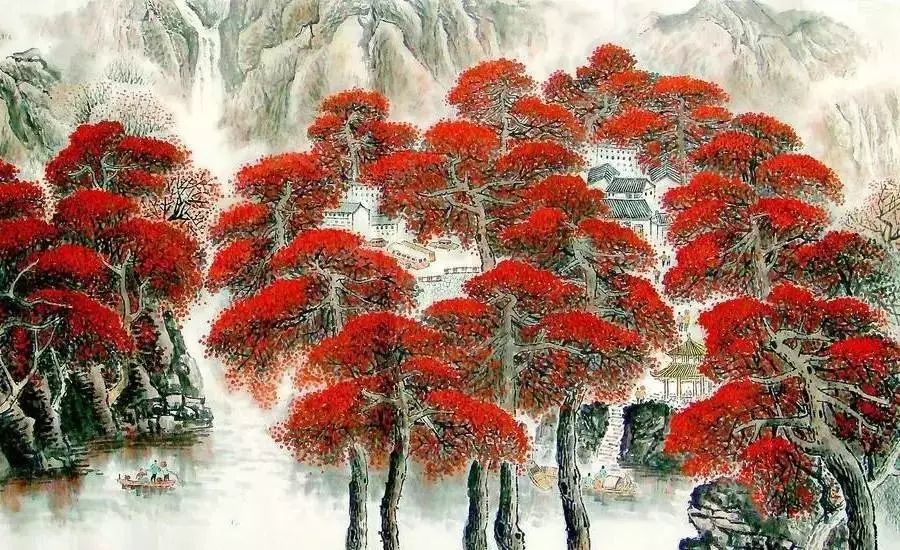
丹枫万叶碧云边，黄花千点幽岩下。